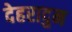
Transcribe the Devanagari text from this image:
देहरादुन